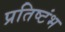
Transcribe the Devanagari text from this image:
प्रतिष्टंभ